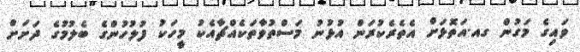
ވައިގެ މަގުން ގއ.އަތޮޅަށް އެތެރެކުރަން އުޅުނު މަސްތުވާތަކެއްޗާއެކު މީހަކު ފުލުހުންގެ ބެލުމުގެ ދަށަށް